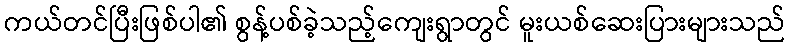
ကယ်တင်ပြီးဖြစ်ပါ၏ စွန့်ပစ်ခဲ့သည့်ကျေးရွာတွင် မူးယစ်ဆေးပြားများသည်